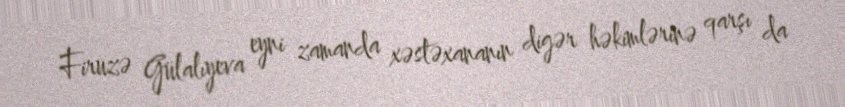
Firuzə Gülalıyeva eyni zamanda xəstəxananın digər həkimlərinə qarşı da